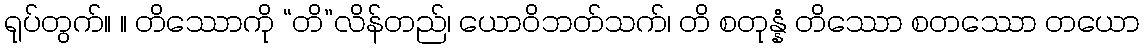
ရုပ်တွက်။ ။ တိဿောကို “တိ”လိန်တည်၊ ယောဝိဘတ်သက်၊ တိ စတုန္နံ တိဿော စတဿော တယော